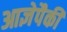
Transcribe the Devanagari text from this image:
आज्ञेपैकी